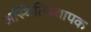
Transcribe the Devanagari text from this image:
अस्थितिस्थापक